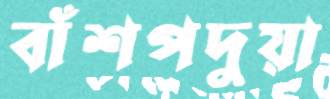
বাঁশপদুয়া